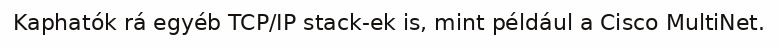
Kaphatók rá egyéb TCP/IP stack-ek is, mint például a Cisco MultiNet.